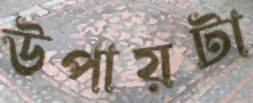
উপায়টা